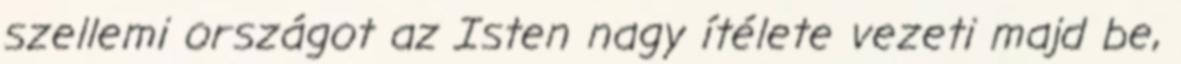
szellemi országot az Isten nagy ítélete vezeti majd be,